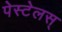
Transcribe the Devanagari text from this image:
पेस्टेलस्